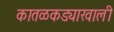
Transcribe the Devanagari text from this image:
कातळकड्याखाली